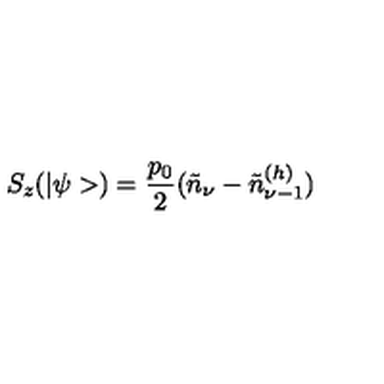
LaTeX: S _ { z } ( | \psi > ) = \frac { p _ { 0 } } { 2 } ( \tilde { n } _ { \nu } - \tilde { n } _ { \nu - 1 } ^ { ( h ) } )